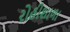
રોહીશાળા